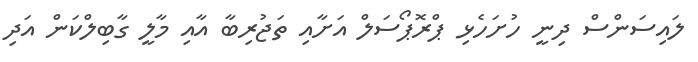
ލައިސަންސް ދިނީ ހުށަހެޅި ޕްރޮޕޯސަލް އަށާއި ތަޖުރިބާ އާއި މާލީ ގާބިލްކަން އަދި